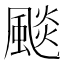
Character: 颷